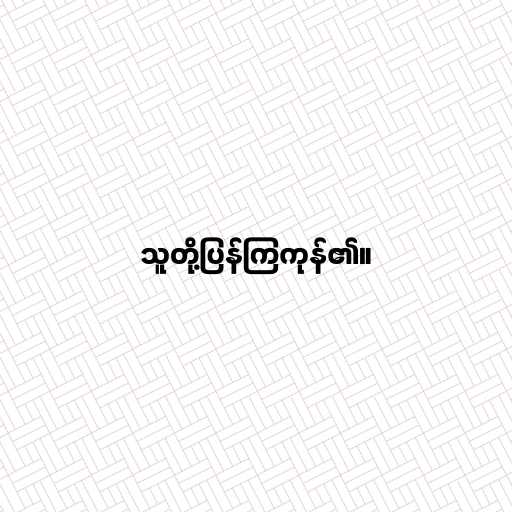
သူတို့ပြန်ကြကုန်၏။